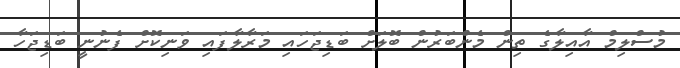
މުސްލިމް އާއިލާގެ ތިން މެންބަރުން ބޮލަށް ބަޑިޖަހައި މަރާލާފައި ވަނިކޮށް ފެނުނީ ބަޑިޖަހާ